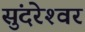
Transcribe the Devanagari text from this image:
सुंदरेश्‍वर